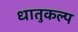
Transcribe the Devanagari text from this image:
धातुकल्प